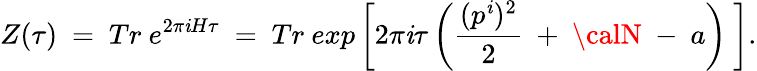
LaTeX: Z(\tau)~=~Tr~e^{2\pi\mathit{i}H\tau}~=~Tr~exp\left[2\pi\mathit{i}\tau\left(\frac{{(p^{\mathit{i}})^{2}}}{{2}}~+~{\calN}~-~a\right)~\right].